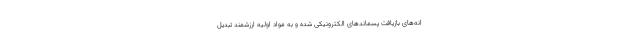
انه‌های بازیافت پسماندهای الکترونیکی شده و به مواد اولیه ارزشمند تبدیل